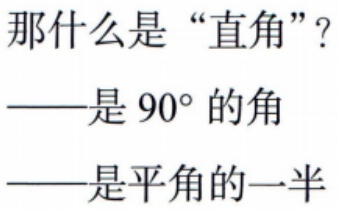
那什么是“直角”？
——是 \(90^{\circ}\) 的角
——是平角的一半